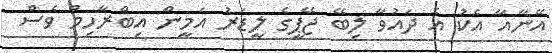
އޭނާއާ އެކު އެ ދައުވާ ލިބޭ ޖޭޕީގެ ލީޑަރު އަމީން އިބްރާހިމް ވެސް